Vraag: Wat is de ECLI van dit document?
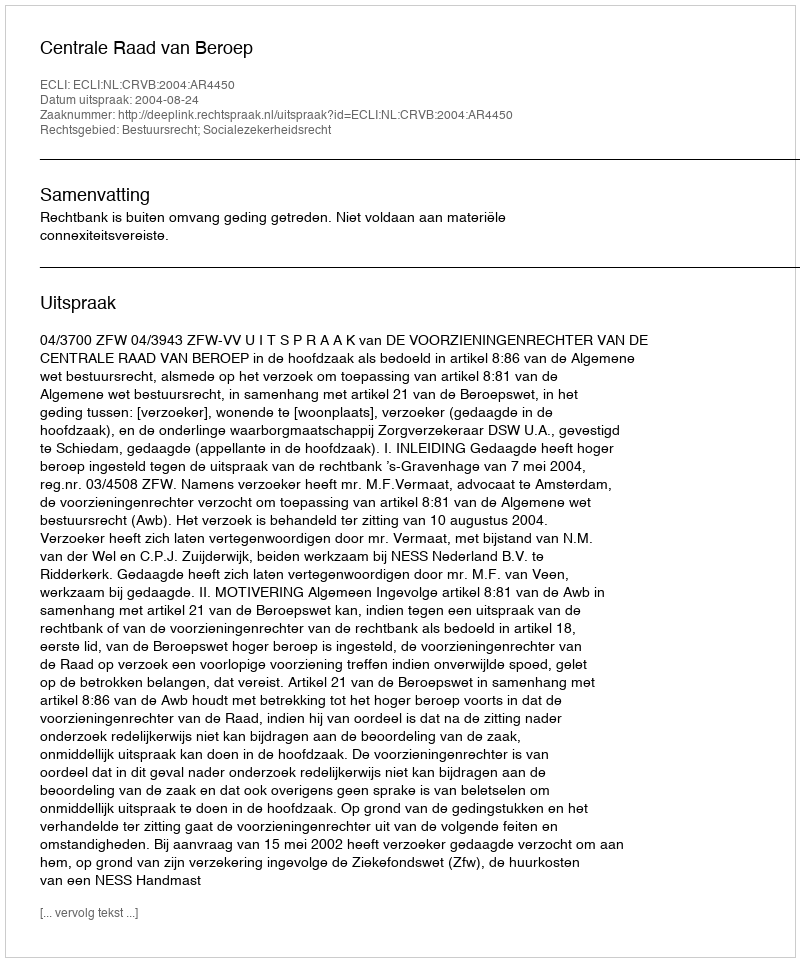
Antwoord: ECLI:NL:CRVB:2004:AR4450